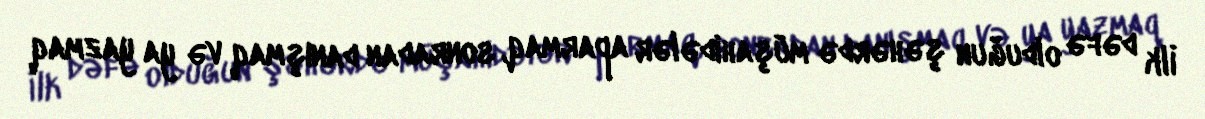
İlk dəfə olduğun şəhərdə müşahidələr aparmaq, sonradan danışmaq və ya yazmaq